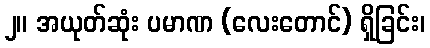
၂။ အယုတ်ဆုံး ပမာဏ (လေးတောင်) ရှိခြင်း၊